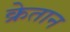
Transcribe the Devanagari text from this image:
क्रेतान